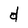
Character: d